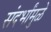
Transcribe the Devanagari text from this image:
संदर्भांमुळे